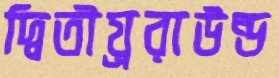
দ্বিতীয়্ররাউন্ড